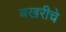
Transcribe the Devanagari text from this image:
बखरीचे